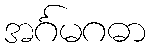
အင်္ဂမဂဓာ